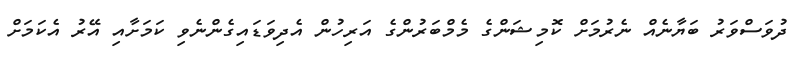
ދުވަސްވަރު ބަޔާނެއް ނެރުމަށް ކޮމިޝަންގެ މެމްބަރުންގެ އަރިހުން އެދިވަޑައިގެންނެވި ކަމަށާއި އޭރު އެކަމަށް